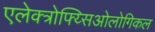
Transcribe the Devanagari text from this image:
एलेक्त्रोफ्य्सिओलोगिकल